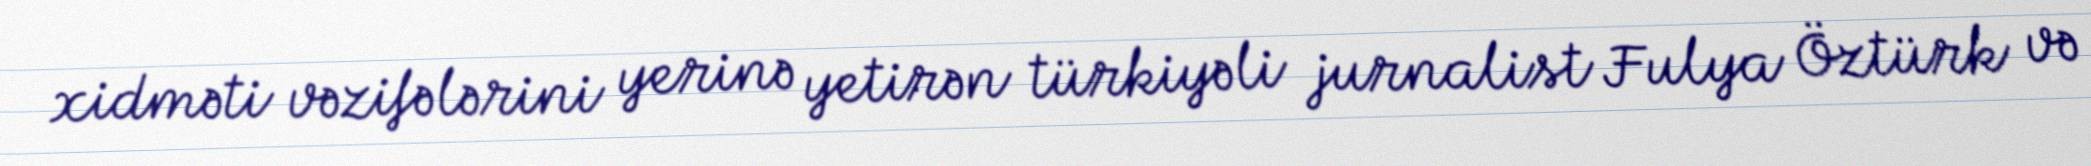
xidməti vəzifələrini yerinə yetirən türkiyəli jurnalist Fulya Öztürk və